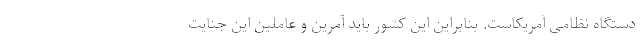
دستگاه نظامی آمریکاست. بنابراین این کشور باید آمرین و عاملین این جنایت